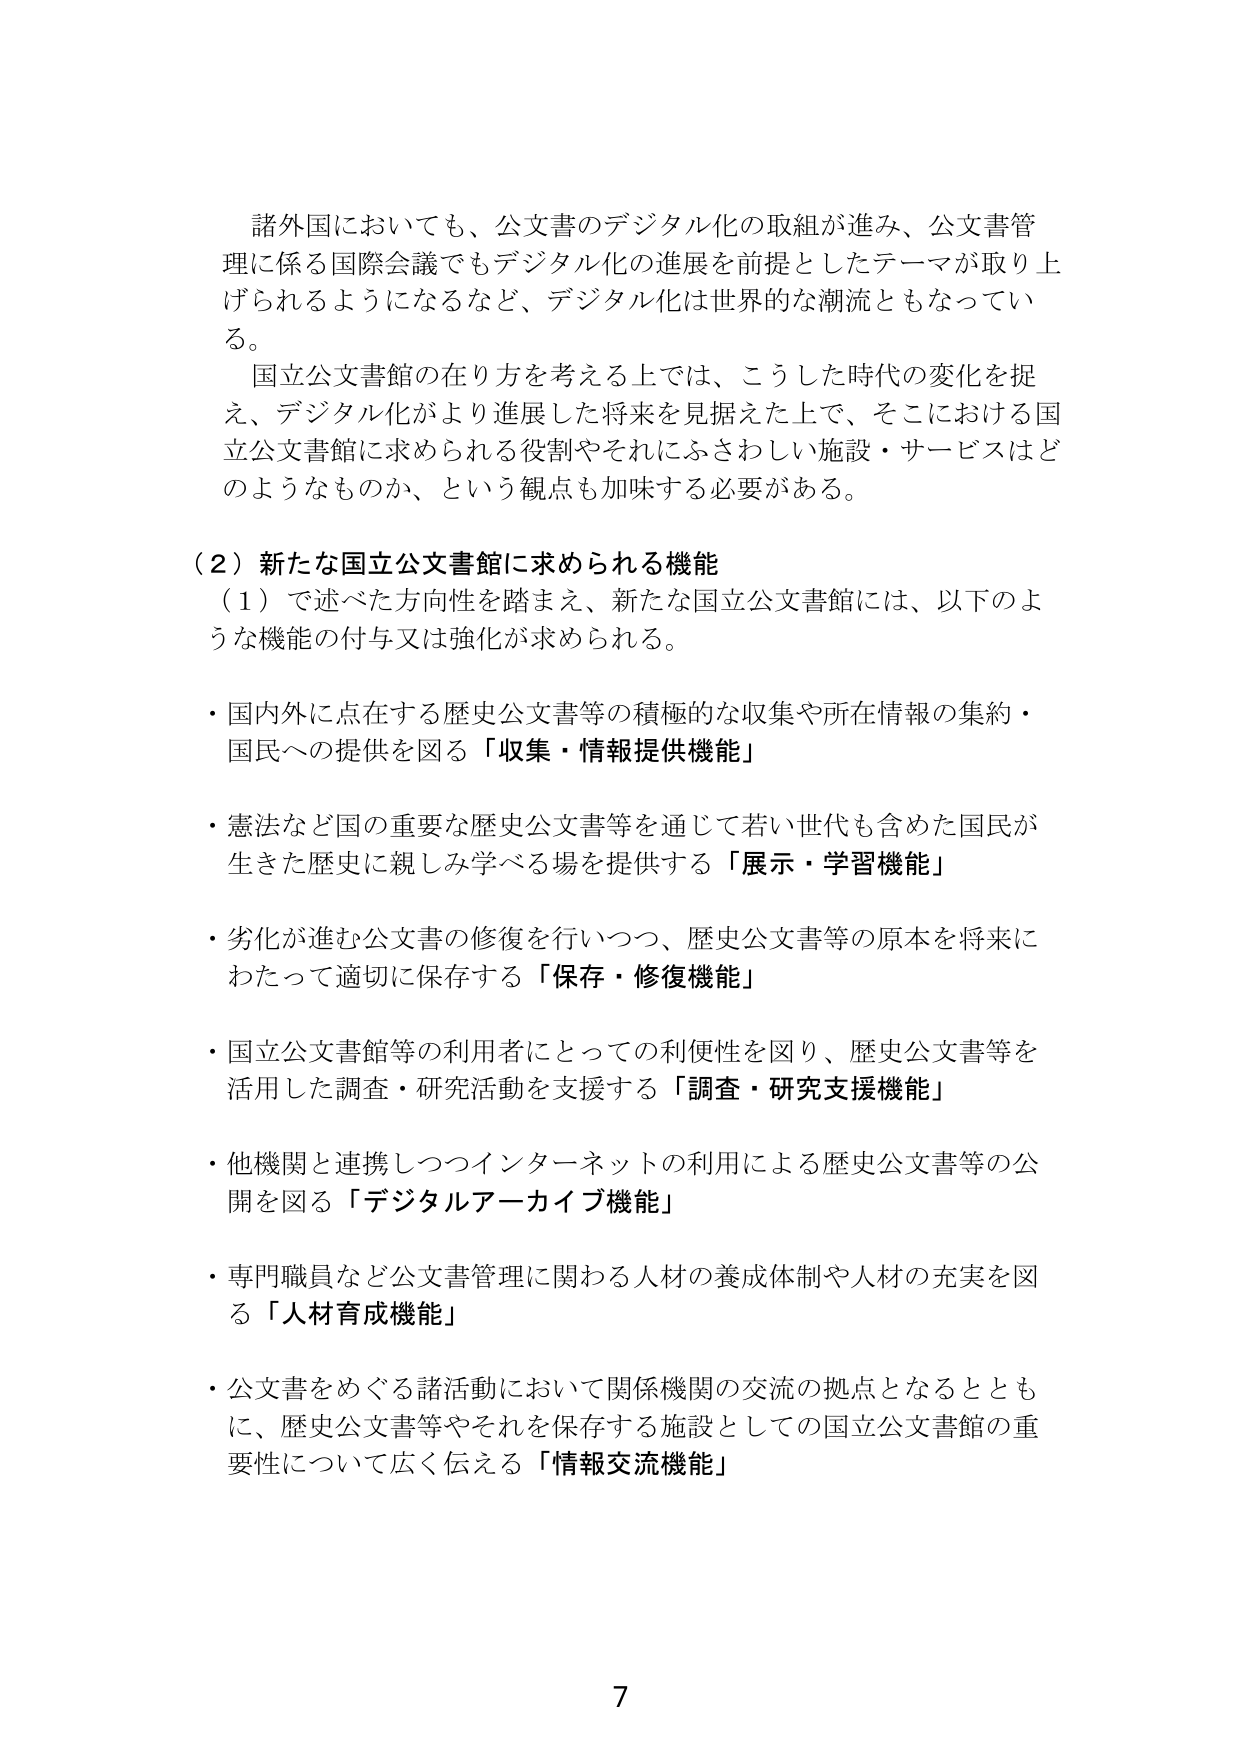
諸外国においても、公文書のデジタル化の取組が進み、公文書管理に係る国際会議でもデジタル化の進展を前提としたテーマが取り上げられるようになるなど、デジタル化は世界的な潮流ともなっている。

国立公文書館の在り方を考える上では、こうした時代の変化を捉え、デジタル化がより進展した将来を見据えた上で、そこにおける国立公文書館に求められる役割やそれにふさわしい施設・サービスはどのようなものか、という観点も加味する必要がある。

（２）新たな国立公文書館に求められる機能
（１）で述べた方向性を踏まえ、新たな国立公文書館には、以下のような機能の付与又は強化が求められる。

・国内外に点在する歴史公文書等の積極的な収集や所在情報の集約・国民への提供を図る「収集・情報提供機能」

・憲法など国の重要な歴史公文書等を通じて若い世代も含めた国民が生きた歴史に親しみ学べる場を提供する「展示・学習機能」

・劣化が進む公文書の修復を行いつつ、歴史公文書等の原本を将来にわたって適切に保存する「保存・修復機能」

・国立公文書館等の利用者にとっての利便性を図り、歴史公文書等を活用した調査・研究活動を支援する「調査・研究支援機能」

・他機関と連携しつつインターネットの利用による歴史公文書等の公開を図る「デジタルアーカイブ機能」

・専門職員など公文書管理に関わる人材の養成体制や人材の充実を図る「人材育成機能」

・公文書をめぐる諸活動において関係機関の交流の拠点となるとともに、歴史公文書等やそれを保存する施設としての国立公文書館の重要性について広く伝える「情報交流機能」

7